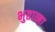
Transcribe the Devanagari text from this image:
भुतात्मा